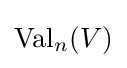
\operatorname {Val} _{n}(V)